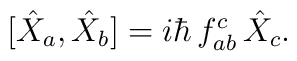
[\hat{X}_{a},\hat{X}_{b}]=i\hbar \,f_{ab}^{c}\,\hat{X}_c.